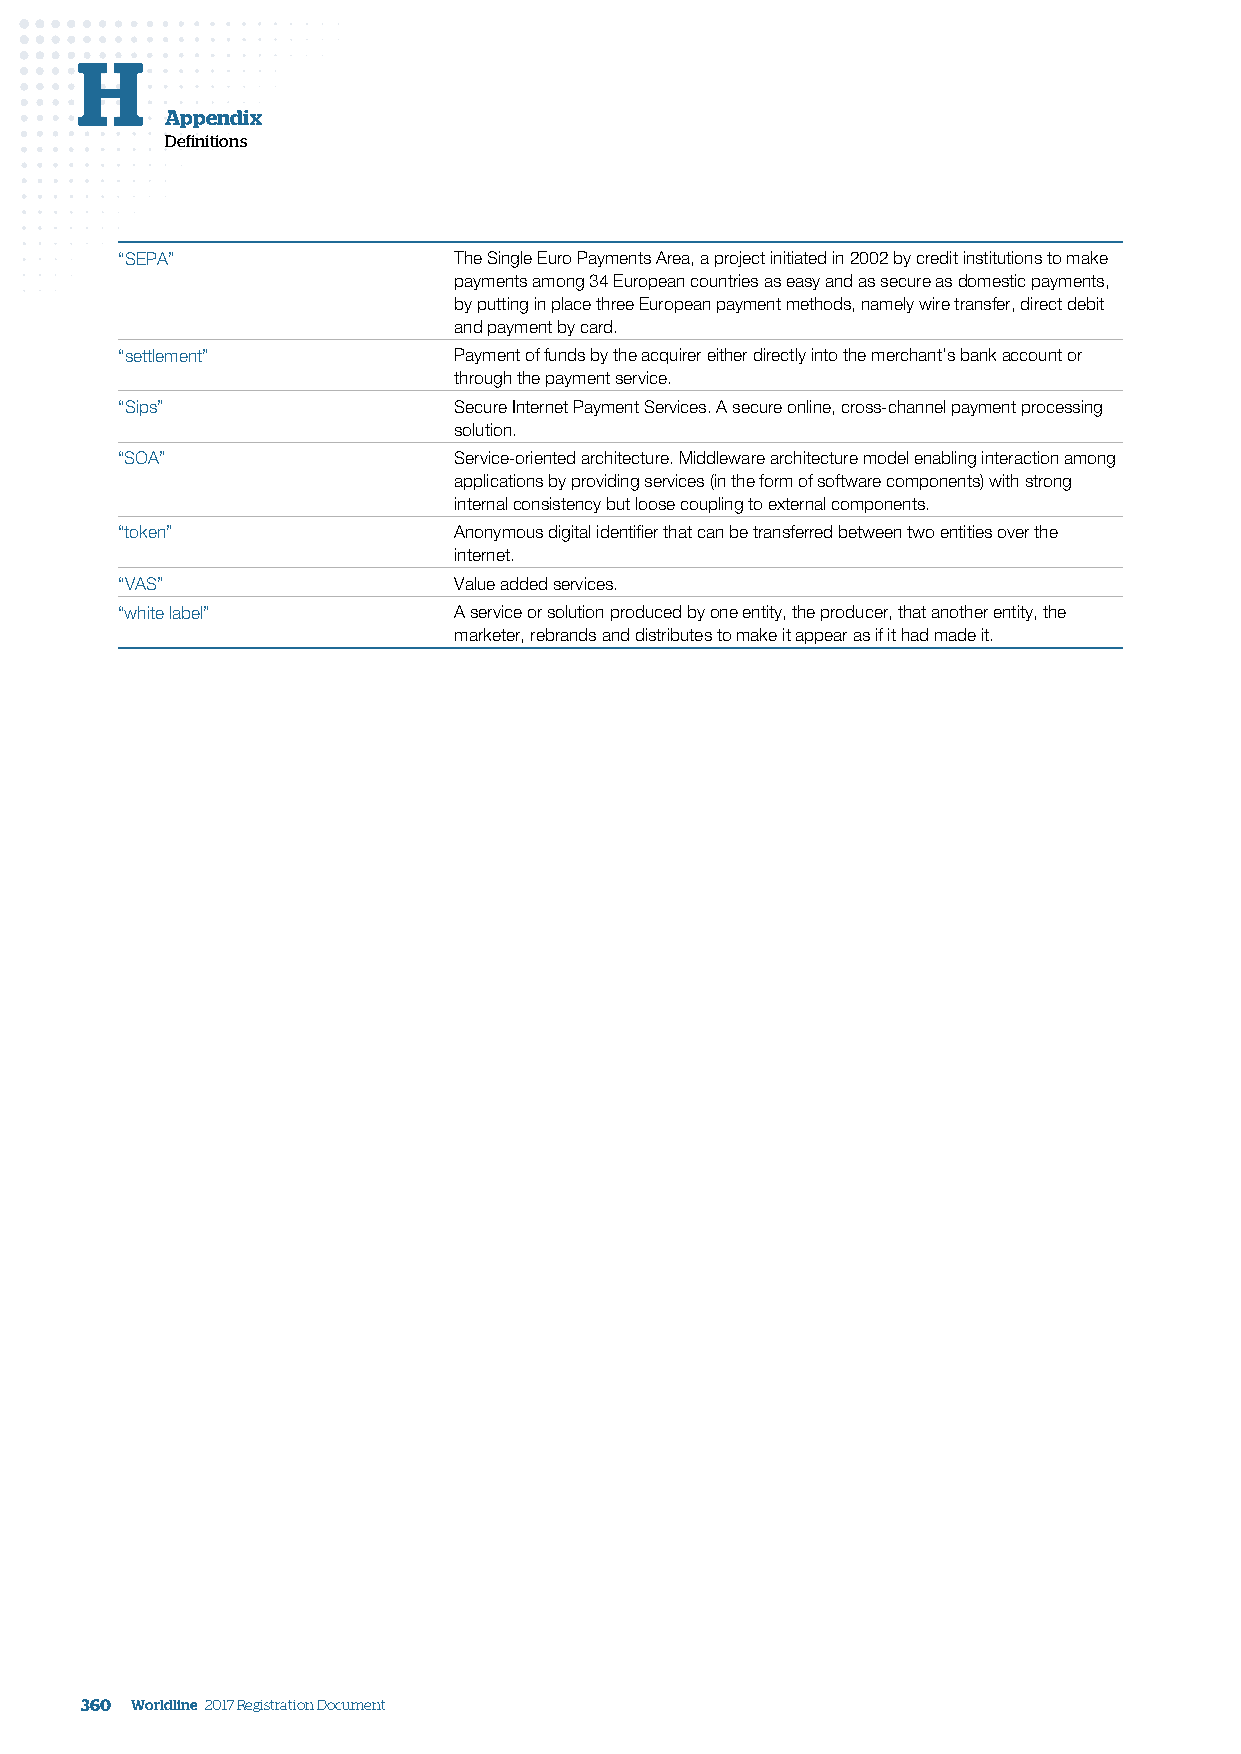
H
 Appendix
 Definitions
 “SEPA”                The Single Euro Payments Area, a project initiated in 2002 by credit institutions to make
 payments among 34 European countries as easy and as secure as domestic payments,
 by putting in place three European payment methods, namely wire transfer, direct debit
 and payment by card.
 “settlement”          Payment of funds by the acquirer either directly into the merchant’s bank account or
 through the payment service.
 “Sips”                Secure Internet Payment Services. A secure online, cross-channel payment processing
 solution.
 “SOA”                 Service-oriented architecture. Middleware architecture model enabling interaction among
 applications by providing services (in the form of software components) with strong
 internal consistency but loose coupling to external components.
 “token”               Anonymous digital identifier that can be transferred between two entities over the
 internet.
 “VAS”                 Value added services.
 “white label”         A service or solution produced by one entity, the producer, that another entity, the
 marketer, rebrands and distributes to make it appear as if it had made it.
 360 Worldline 2017 Registration Document